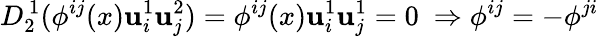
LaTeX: D_{2}^{\, 1}(\phi^{ij}(x)\mathbf{u}_{i}^{1}\mathbf{u}_{j}^{2})=\phi^{ij}(x)\mathbf{u}_{i}^{1}\mathbf{u}_{j}^{1}=0\ \Rightarrow\phi^{ij}=-\phi^{ji}